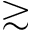
\gtrsim